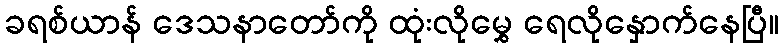
ခရစ်ယာန် ဒေသနာတော်ကို ထုံးလိုမွှေ ရေလိုနှောက်နေပြီ။